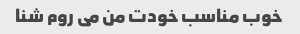
خوب مناسب خودت من می روم شنا